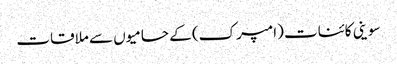
سوینی کائنات (امپرک) کے حامیوں سے ملاقات